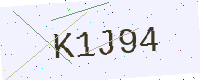
Text: K1J94